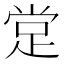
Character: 䟫